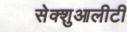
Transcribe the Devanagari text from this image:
सेक्शुआलीटी